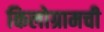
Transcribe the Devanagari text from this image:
किलोग्रामची